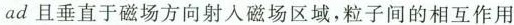
ad且垂直于磁场方向射入磁场区域，粒子间的相互作用